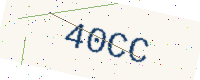
Text: 40CC